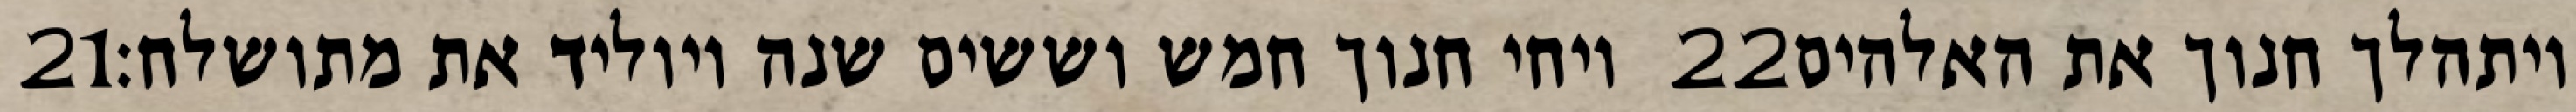
‎21‏ ויחי חנוך חמש וששים שנה ויוליד את מתושלח׃ ‎22‏ ויתהלך חנוך את האלהים